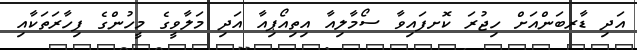
އަދި ޑާރބަންއަށް ހިޖުރަ ކޮށފައިވާ ސޯމާލިއާ އިތިއޯޕިއާ އަދި މަލާވީގެ މީހުންގެ ފިހާރަތަކާއި